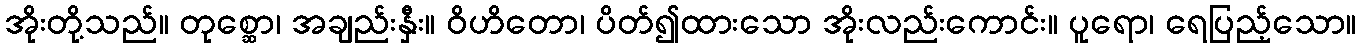
အိုးတို့သည်။ တုစ္ဆော၊ အချည်းနှီး။ ဝိဟိတော၊ ပိတ်၍ထားသော အိုးလည်းကောင်း။ ပူရော၊ ရေပြည့်သော။